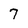
Character: 7